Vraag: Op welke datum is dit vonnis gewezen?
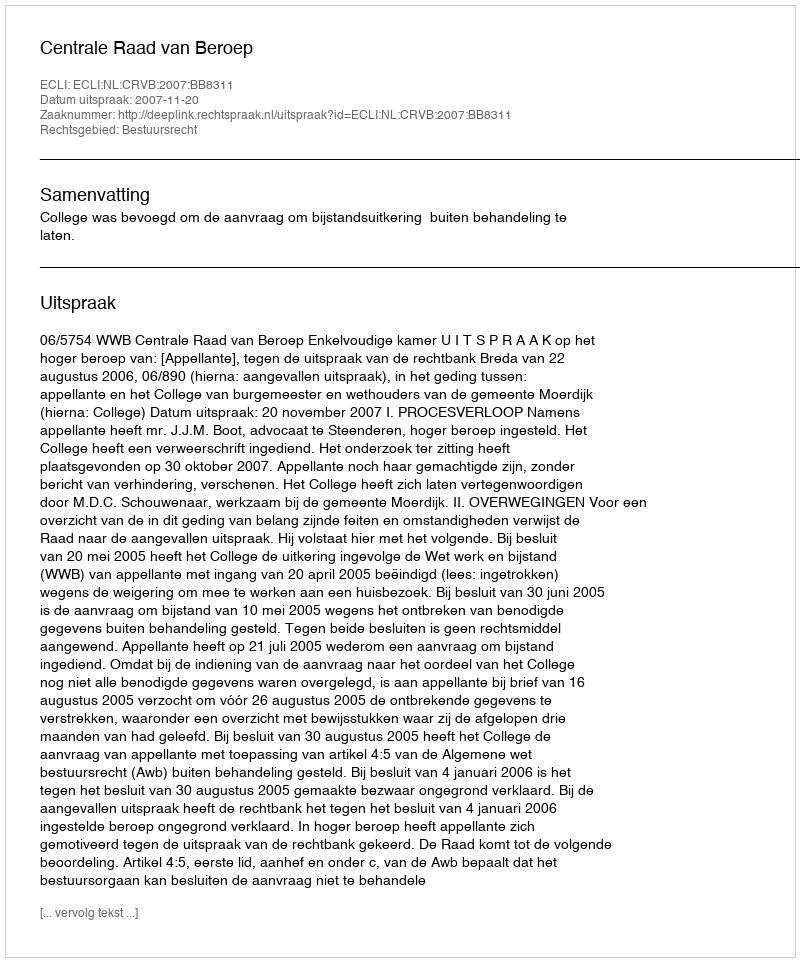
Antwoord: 2007-11-20